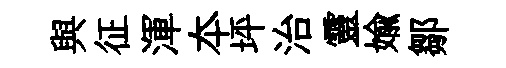
與征渾夲坪治靈媮鄒